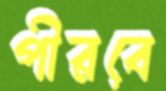
পীরবে